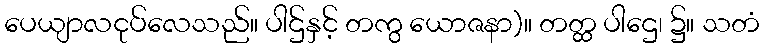
ပေယျာလငုပ်လေသည်။ ပါဌ်နှင့် တကွ ယောဇနာ)။ တတ္ထ ပါဌေ၊ ၌။ သတံ